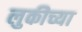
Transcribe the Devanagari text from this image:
लुकीच्या